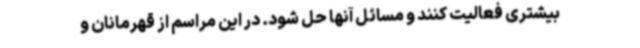
بیشتری فعالیت کنند و مسائل آنها حل شود. در این مراسم از قهرمانان و